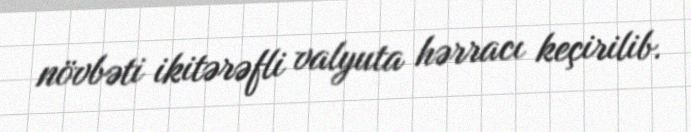
növbəti ikitərəfli valyuta hərracı keçirilib.